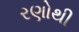
રણોથી